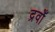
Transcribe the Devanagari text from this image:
द्रवोँ